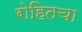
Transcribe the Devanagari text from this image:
रोहितचा